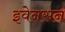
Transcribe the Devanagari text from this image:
इवेनसन